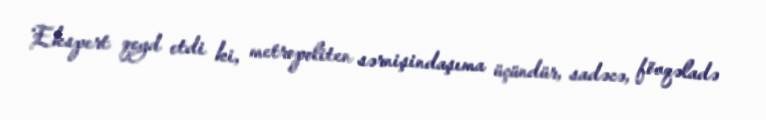
Ekspert qeyd etdi ki, metropoliten sərnişindaşıma üçündür, sadəcə, fövqəladə